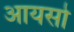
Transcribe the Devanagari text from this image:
आयसो